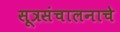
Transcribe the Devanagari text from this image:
सूत्रसंचालनाचे